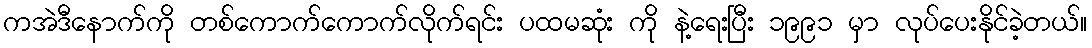
ကအဲဒီနောက်ကို တစ်ကောက်ကောက်လိုက်ရင်း ပထမဆုံး ကို နဲ့ရေးပြီး ၁၉၉၁ မှာ လုပ်ပေးနိုင်ခဲ့တယ်။